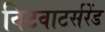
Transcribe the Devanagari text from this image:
विटवाटर्सरेंड